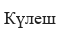
Күлеш